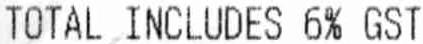
TOTAL INCLUDES 6% GST